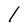
Character: 1